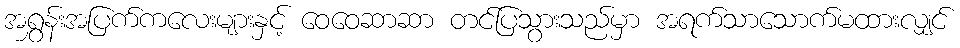
အရွှန်းအပြက်ကလေးများနှင့် ဝေဝေဆာဆာ တင်ပြသွားသည်မှာ အရက်သာသောက်မထားလျှင်